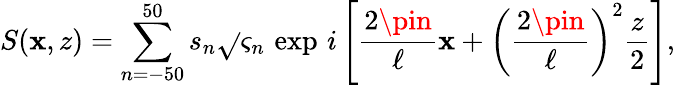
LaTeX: S(\mathbf{x},z)=\sum_{n=-50}^{50}s_{n}\sqrt{}{{\varsigma_{n}}}\, \exp\, i\left\lbrack\frac{{2\pin}}{{\ell}}\mathbf{x}+\left(\frac{{2\pin}}{{\ell}}\right)^{2}\frac{{z}}{{2}}\right\rbrack,